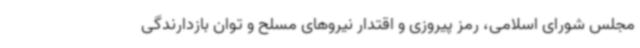
مجلس شورای اسلامی، رمز پیروزی و اقتدار نیروهای مسلح و توان بازدارندگی